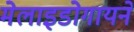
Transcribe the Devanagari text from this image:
मेलाइडोगायने